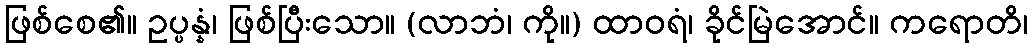
ဖြစ်စေ၏။ ဥပ္ပန္နံ၊ ဖြစ်ပြီးသော။ (လာဘံ၊ ကို။) ထာဝရံ၊ ခိုင်မြဲအောင်။ ကရောတိ၊